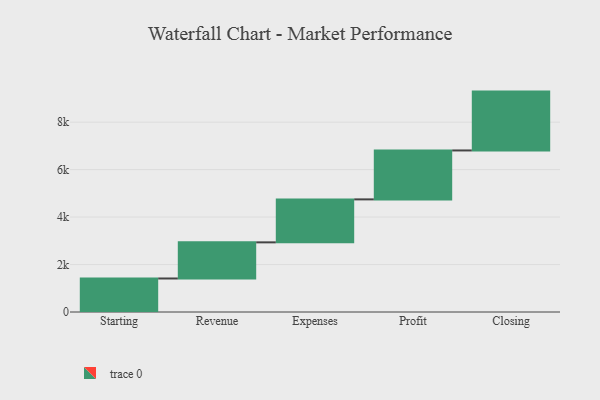
{"axis": {"x": "Step", "y": "Value"}, "legend": [""], "data": [{"x": "Starting", "y": 1412.0, "type": ""}, {"x": "Revenue", "y": 1523.0, "type": ""}, {"x": "Expenses", "y": 1811.0, "type": ""}, {"x": "Profit", "y": 2062.0, "type": ""}, {"x": "Closing", "y": 2480.0, "type": ""}]}